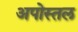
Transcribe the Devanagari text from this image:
अपोस्तल